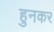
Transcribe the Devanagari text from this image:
हुनकर